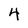
Character: 4